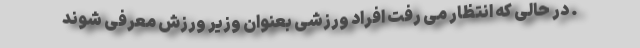
. در حالی که انتظار می رفت افراد ورزشی بعنوان وزیر ورزش معرفی شوند